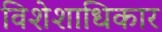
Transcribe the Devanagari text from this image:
विशेशाधिकार